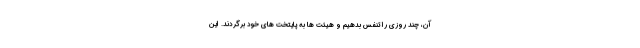
آن، چند روزی را تنفس بدهیم و هیئت ها به پایتخت های خود برگردند. این